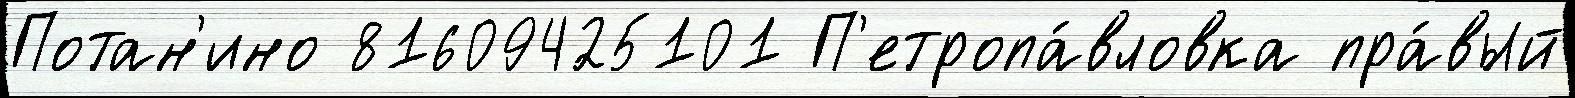
Потан'ино 81609425101 П'етропа́вловка пра́вый